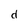
Character: d